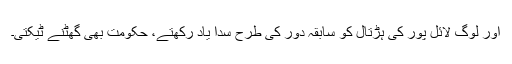
اور لوگ لائل پور کی ہڑتال کو سابقہ دور کی طرح سدا یاد رکھتے، حکومت بھی گھٹنے ٹیکتی۔